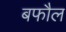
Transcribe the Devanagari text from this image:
बफौल